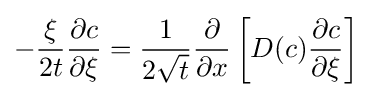
-{\frac {\xi }{2t}}{\frac {\partial c}{\partial \xi }}={\frac {1}{2{\sqrt {t}}}}{\frac {\partial }{\partial x}}\left[D(c){\frac {\partial c}{\partial \xi }}\right]